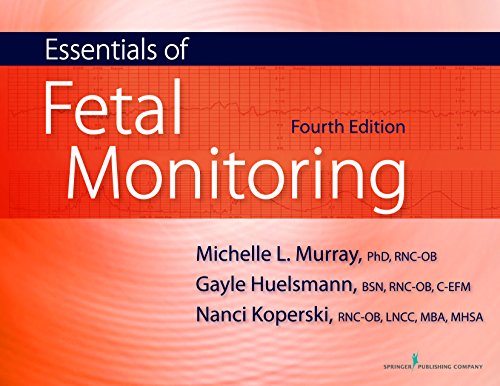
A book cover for Essentials of Fetal Monitoring, Fourth Edition; Michelle Murray PhD  RNC; Medical Books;